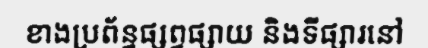
ខាងប្រព័ន្ធផ្សព្វផ្សាយ និងទីផ្សារនៅ